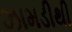
ઝામડીથી